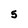
Character: 5